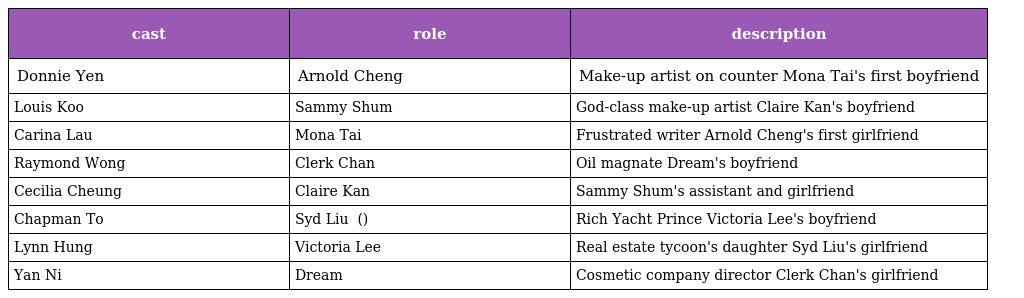
| cast | role | description |
 | --- | --- | --- |
 | Donnie Yen | Arnold Cheng 鄭宇強 | Make-up artist on counter Mona Tai's first boyfriend |
 | Louis Koo | Sammy Shum 沈美 | God-class make-up artist Claire Kan's boyfriend |
 | Carina Lau | Mona Tai 戴夢妮 | Frustrated writer Arnold Cheng's first girlfriend |
 | Raymond Wong | Clerk Chan 陳奇俠 | Oil magnate Dream's boyfriend |
 | Cecilia Cheung | Claire Kan 簡潔 | Sammy Shum's assistant and girlfriend |
 | Chapman To | Syd Liu 廖小必 (滑溜溜) | Rich Yacht Prince Victoria Lee's boyfriend |
 | Lynn Hung | Victoria Lee | Real estate tycoon's daughter Syd Liu's girlfriend |
 | Yan Ni | Dream 占占 | Cosmetic company director Clerk Chan's girlfriend |